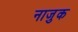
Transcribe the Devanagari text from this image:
नाजु़क